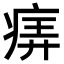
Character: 𤶦